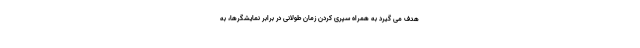
هدف می گیرد به همراه سپری کردن زمان طولانی در برابر نمایشگرها، به